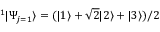
^ 1 | \Psi _ { j = 1 } \rangle = ( | 1 \rangle + \sqrt { 2 } | 2 \rangle + | 3 \rangle ) / 2